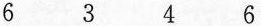
6 3 4 6